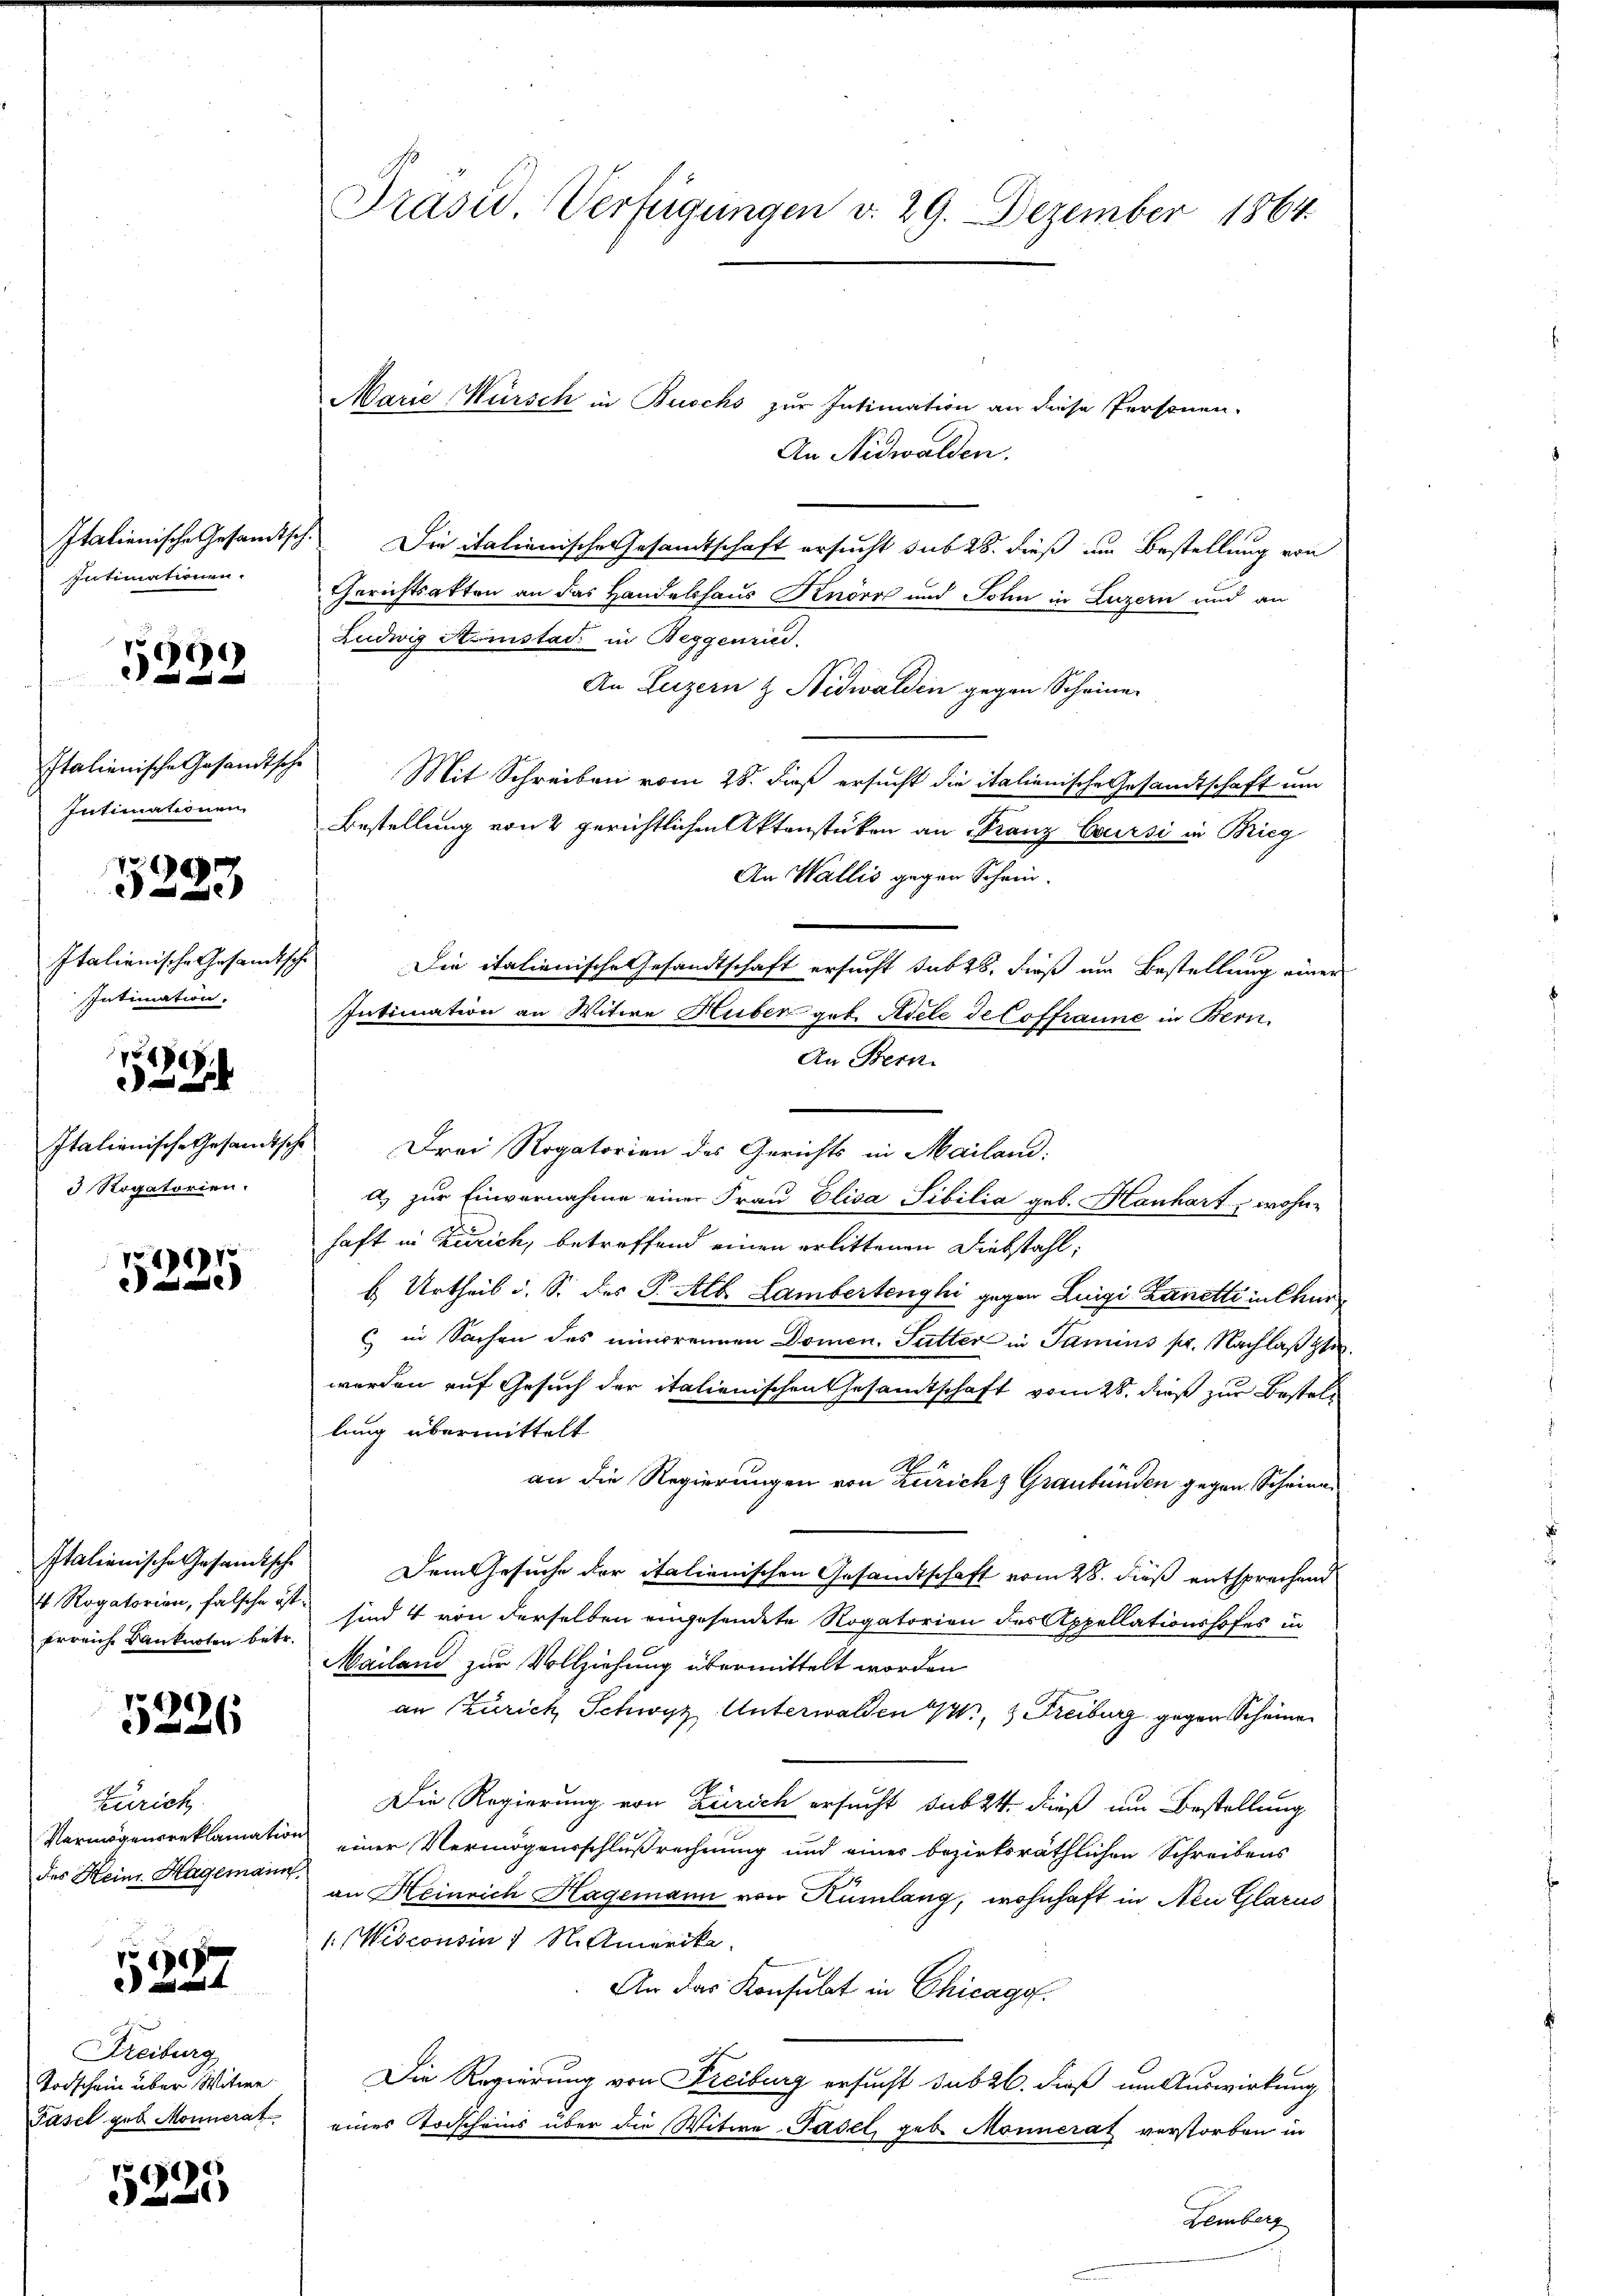
Intimationen.

5222

Italienische Gesandtsche
Intimationen

¬
e

Italianische Gesandtsche
Intimation.

7
2

3 Rogatorien.

5225

erreiche Bankirten betr.

5226

Zürich
Vermögensreklamati
des Heinr. Hagemain

5287

Freiburg
Todschein über Witwe
Pasel geb. Monnerat

1 1890

Präsid. Verfügungen v. 29. Dezember 1864

Marie Würsch in Buschs zur Intimation an diese Personen-
An Nidwalden.
Italienische Gesandtsch. Die italienische Gesamtschaft ersucht sub 28. dieß um Bestellung von
Gerichtsakten an das Handelshaus Knörr und Sohn in Luzern und an
Ludwig Ainstad in Beggenried
An Luzern & Nidwalden gegen Scheine
Mit Schreiben vom 28. dieß ersucht die italienische Gesandtschaft um
Bestellung von 2 gerichtlichen Aktenstücken an Franz Coursi in Bieg
An Wallis gegen Schein.
Die italienische Gesandtschaft ersucht sub 28. dieß um Bestellung einer
Intimation an Witwe Huber geb. Adele del offraune in Bern.
An Bern.
n
Italienische Gesandtsche Drei Rogatorien des Gerichts in Mailand.
a) zur Einvernahme einer Frau Elisa Sibilia geb. Hanhart wohnhaft in Zürich, betreffend einen erlittenen Diebstahl,
b Urtheil i. S. des P. Alb. Lambertenghi gegen Luigi Zanetti in Chur
& in Sachen des einbrennen Domen. Futter in Jamins pr. Nachlaß zuwerden auf Gesuch der italienischen Gesamtschaft vom 28. dieß zur Bestellung übermittelt
an die Regierungen von Zürich Graubünden gegen Scheina
Italienische Gesandtsche Dem Gesuche der italienischen Gesandtschaft vom 28. dieß entsprechend
4 Rogatorien, falsche ist sind 4 von derselben angesendete Rogatorien des Appellationshofes in
Mailand zur Vollziehung übermittelt worden
an Zürich Schwyz, Unterwalden 2, 3 Freiburg gegen Scheine
Die Regierung von Zürich ersucht subst dieß um Bestellung
u einer Vermögensschlußrechnung und einer bezirksräthlichen Schreibens
an Heinrich Hagemann von Rümlang, wohnhaft in Neu Glarus
1: Wisconsin 1 S. Amerika
An das Konsulat in Chicago
Die Regierung von Freiburg ersucht sub 26. dieß um Auswirkung
eines Todscheins über die Witwe Padel geb. Monnerat verstorben in
Lemberg